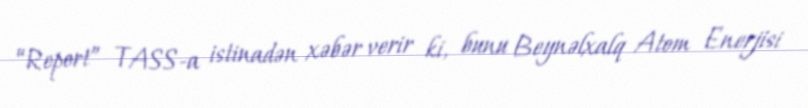
“Report” TASS-a istinadən xəbər verir ki, bunu Beynəlxalq Atom Enerjisi